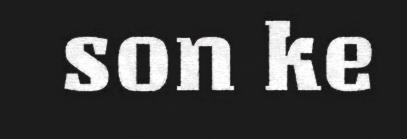
son ke